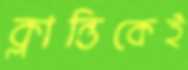
ক্লান্তিকেই